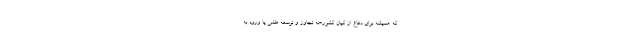
که همیشه برای دفاع از کیان کشور-نه تجاوز و توسعه طلبی یا ورود به